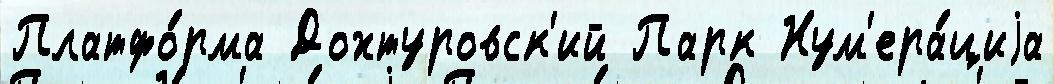
Платфо́рма Дохтуровск'ий Парк Нум'ера́циjа